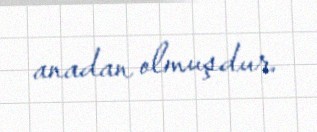
anadan olmuşdur.